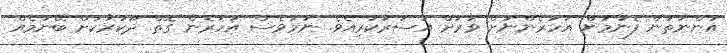
އަންނަތަން ފެނުމުން އަހަރެންނަށް ވަރަށް އަސަރުކުރިއެވެ. ނަމަވެސް އަހަރެން ގޮތް ދޫކުރާކަށް ބޭނުމެއް